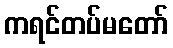
ကရင်တပ်မတော်